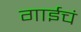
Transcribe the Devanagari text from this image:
गाईचं